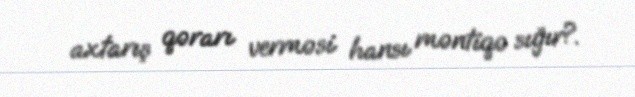
axtarış qərarı verməsi hansı məntiqə sığır?.